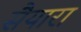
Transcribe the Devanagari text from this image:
सैयारा